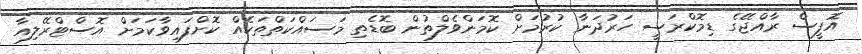
އޮފީސް ރާއްޖޭގެ ޑިމޮކްރަސީ ހަރުދަނާ ކުރުމަށް ކޮމަންވެލްތުން ބޮޑެތި މަސައްކަތްތަކެއް ކޮށްފައިވާކަމަށް އޮސްޓްރޭލިއާ